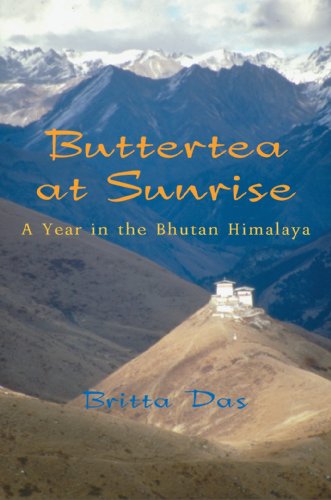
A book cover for Buttertea at Sunrise: A Year in the Bhutan Himalaya; Britta Das; Travel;